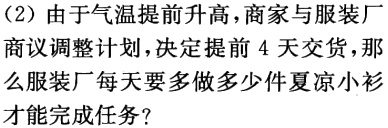
(2) 由于气温提前升高，商家与服装厂商议调整计划，决定提前 4 天交货，那么服装厂每天要多做多少件夏凉小衫才能完成任务？